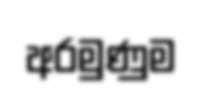
අරමුණුම